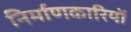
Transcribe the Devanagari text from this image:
निर्माणकारियों